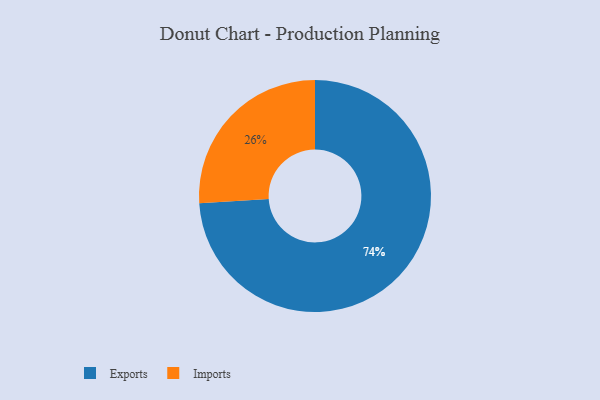
{"axis": {"x": "Category", "y": "Percentage"}, "legend": ["Exports", "Imports"], "data": [{"x": "Imports", "y": 26, "type": "Imports"}, {"x": "Exports", "y": 74, "type": "Exports"}]}